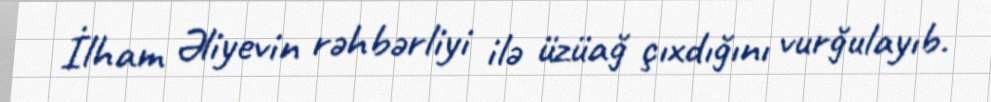
İlham Əliyevin rəhbərliyi ilə üzüağ çıxdığını vurğulayıb.